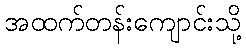
အထက်တန်းကျောင်းသို့